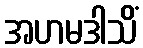
အဟမဒါသိံ